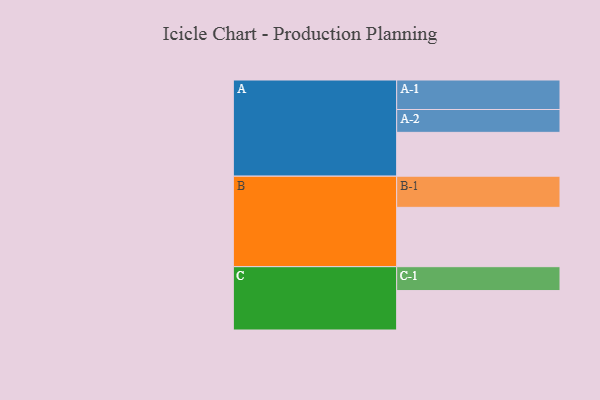
{"axis": {"x": "Segment", "y": "Value"}, "legend": ["", "A", "B", "C"], "data": [{"x": "A", "y": 376, "type": ""}, {"x": "B", "y": 509, "type": ""}, {"x": "C", "y": 338, "type": ""}, {"x": "A-1", "y": 253, "type": "A"}, {"x": "A-2", "y": 196, "type": "A"}, {"x": "B-1", "y": 267, "type": "B"}, {"x": "C-1", "y": 205, "type": "C"}]}